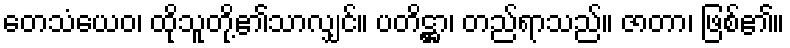
တေသံယေဝ၊ ထိုသူတို့၏သာလျှင်။ ပတိဋ္ဌာ၊ တည်ရာသည်။ ဇာတာ၊ ဖြစ်၏။